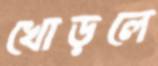
খোড়লে